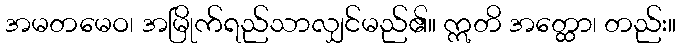
အမတမေဝ၊ အမြိုက်ရည်သာလျှင်မည်၏။ ဣတိ အတ္ထော၊ တည်း။